Memorandum on the prevention of leprosy by segregation of the affected
Disease focus: Leprosy
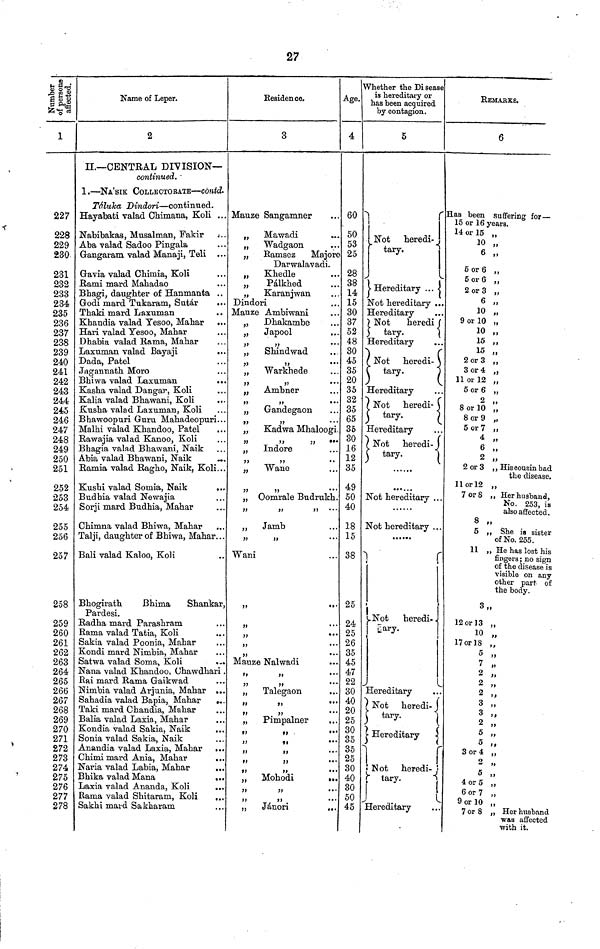
27
Number
of persons
affected.
1
227
228
229
230
231
232
233
234
235
236
237
238
239
240
241
242
243
244
245
246
247
248
249
250
251
252
253
254
255
256
257
258
259
260
261
262
263
264
265
266
267
268
269
270
271
272
273
274
275
276
277
278
Name of Leper.
2
II.— CENTRAL DIVISION—
continued.
1. — NA'SIK COLLECTORATE — contd.
Táluka Dindori— continued.
Hayabati valad Chimana" Koli ...
Nabibakas" Musalman" Fakir
Aba valad Sadoo Pingala
Gangaram valad Manaji" Teli ...
Gavia valad Chimia" Koli
Rami mard Mahadao
Bhagi" daughter of Hanmanta ..
Godi mard Tukaram" Sutár
Thaki mard Laxuman
Khandia valad Yesoo" Mahar
Hari valad Yesoo" Mahar
Dhabia valad Rama" Mahar
Laxuman valad Bayaji
Dada" Patel
Jagannath Moro
Bhiwa valad Laxuman
...
Kasha valad Dangar" Koli
Kalia valad Bhawani" Koli
Kusha valad Laxuman" Koli
Bhawoopuri Guru Mahadeopuri...
Malhi valad Khandoo" Patel
Rawajia valad Kanoo" Koli
Bhagia valad Bhawani" Naik
Abia valad Bhawani" Naik
„.
Ramia valad Ragho" Naik" Koli...
Kushi valad Somia" Naik
Budhia valad Newajia
Sorii mard Budhia" Mahar
Chimna valad Bhiwa" Mahar
Talji" daughter of Bhiwa" Mahar...
Bali valad Kaloo" Koli
Bhogirath
Bhima Shan'kar"
Pardesi.
Radha mard Parashram
Rama valad Tatia" Koli
Sakia valad Poonia" Mahar
Kondi mard Nimbia" Mahar
Satwa valad Soma" Koli
Nana valad Khandoo" Chawdhari .
Rai mard Rama Gaikwad
Nimbia valad Arjunia" Mahar ...
Sahadia valad Bapia" Mahar
...
Taki mard Chandia" Mahar
Balia valad Laxia" Mahar
Kondia valad Sakia" Naik
Sonia valad Sakia" Naik
Anandia valad Laxia" Mahar ...
Chimi mard Ania" Mahar
Naria valad Labia" Mahar
...
Bhika valad Mana
...
Laxia valad Ananda" Koli
...
Rama valad Shitaram" Koli
...
Sakhi mard Sakharam
Residence.
3
Mauze Sangamner
„ Mawadi
„ Wadgaon
„
Ramsez
Majore
Darwalavadi.
„
Khedle
„
Pálkhed
„ Karanjwan
Dindori
Mauze Ambiwani
„
Dhakambe
„
Japool
"
„
Shindwad
"
"
„ Warkhede
"
"
••
„ Ambner
"
"
"
„
Gandegaon
"
"
„
Kadwa Mhaloogi
"
" "
„
Indore
"
"
• •
„
Wane
"
"
„ Oomrale Budrukh.
"
"
"
•••
„
Jamb
"
"
• • •
Wani
"
•••
"
...
"
...
"
...
"
•••
Mauze Nalwadi
"
"
•••
"
"
"
„
Talegaon
"
"
•••
"
"
'"
„
Pimpalner
"
"
•••
"
"
•••
"
"
"
"
"
"
"
"'
„ Mohodi
...
"
;"
...
"
"
...
„ Jánori
...
Age.
4
60
50
53
25
28
38
14
15
30
37
52
48
30
45
35
20
35
32
35
65
35
30
16
12
35
49
50
40
18
15
38
25
24
25
26
35
45
47
22
30
40
20
25
30
35
35
25
30
40
30
50
45
Whether the Disease
is hereditary or
has been acquired
by contagion.
5
Hereditary . . .
Not hereditary ..
Hereditary
Not
heredi
tary-
Hereditary
Not
heredi-
tary.
Hereditary
Not
heredi-
tary.
Hereditary
Not heredi-
tary.
Not hereditary ...
Not hereditary . . .
Not
heredi-
tary.
Hereditary
Not heredi-
tary.
Hereditary
Not heredi-
tary.
Hereditary
REMARKS.
6
Has been suffering for—
15 or 16 years.
14 or 15 „
10 „
6 „
5 or 6 „
5 or 6
2 or 3 „
6 „
10 „
9 or 10 „
10 „
15 „
15 „
2 or 3 „
3 or 4 "
11 or 12 "
5 or 6 "
2 "
8 or 10 "
8 or 9 "
5 or 7 "
4 "
6 "
2 "
2 or 3 " His cousin had
the disease.
11 or 12 „
7 or 8 " Her husband"
No. 253" is
also affected.
8 „
5 " She is sister
of No. 255.
11 „ He has lost his
fingers; no sign
of the disease is
visible on any
other part of
the body.
3"
12 or 13
10
17 or 18
5
7
2
2
2
3
3
2
5
5
3 or 4
2
4 or 5
6 or 7
9 or 10
7 or 8
Her husband
was affected
with it.